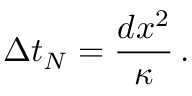
\Delta t _ { N } = \frac { d x ^ { 2 } } { \kappa } \, .